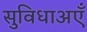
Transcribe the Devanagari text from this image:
सुविधाअएँ